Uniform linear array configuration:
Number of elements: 64
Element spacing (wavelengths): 1
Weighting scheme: hamming
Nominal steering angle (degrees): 45
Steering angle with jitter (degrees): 44.203
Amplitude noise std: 0.05
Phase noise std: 0.05

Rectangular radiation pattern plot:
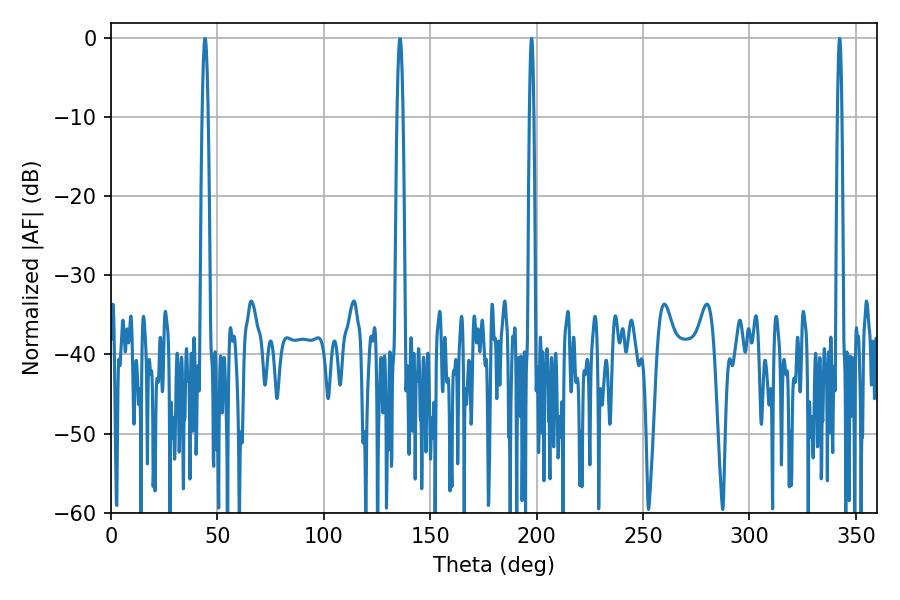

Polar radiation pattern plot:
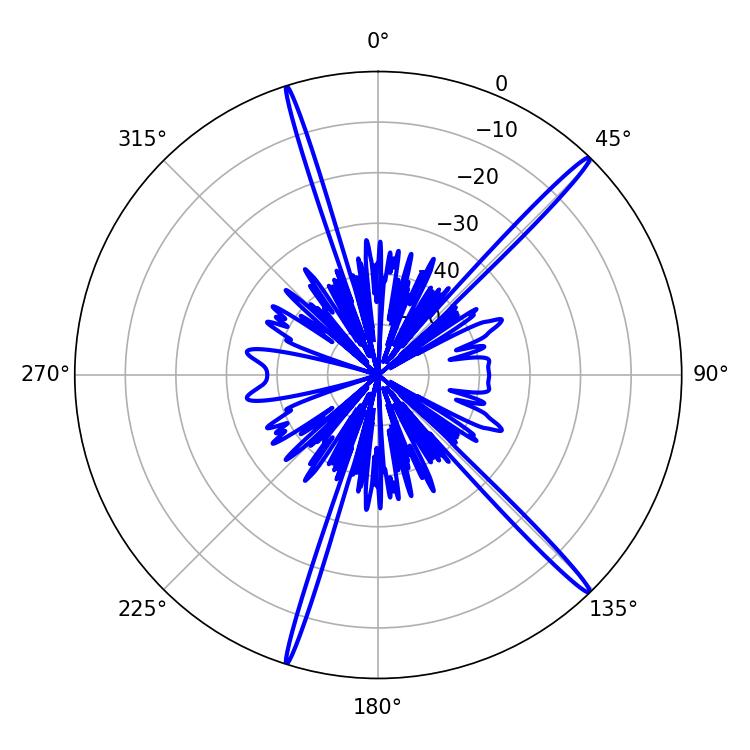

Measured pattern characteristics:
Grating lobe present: TRUE
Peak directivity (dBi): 18.486
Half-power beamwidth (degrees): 1.08
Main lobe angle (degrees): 342.36